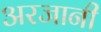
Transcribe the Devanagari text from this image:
अरजानी